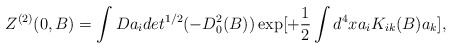
\begin{align*}Z^{(2)}(0,B) = \int Da_i det^{1/2} (-D^2_0 (B))\exp [+\frac{1}{2} \int d^4 xa_i K_{ik}(B) a_k],\end{align*}